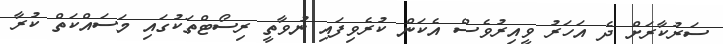
ސަރުކާރަށް ދެ އަހަރު ވީއިރުވެސް އެކަން ކުރެވިފައި ނުވާތީ ރިސޯޓްތަކުގައި މަސައްކަތް ކުރާ